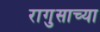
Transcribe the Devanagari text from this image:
रागुसाच्या